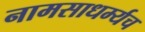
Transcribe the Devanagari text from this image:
नामसाधर्म्यच